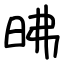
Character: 昲